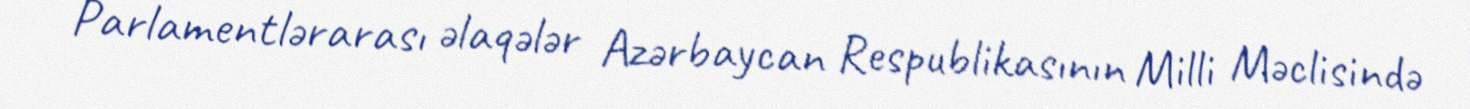
Parlamentlərarası əlaqələr Azərbaycan Respublikasının Milli Məclisində